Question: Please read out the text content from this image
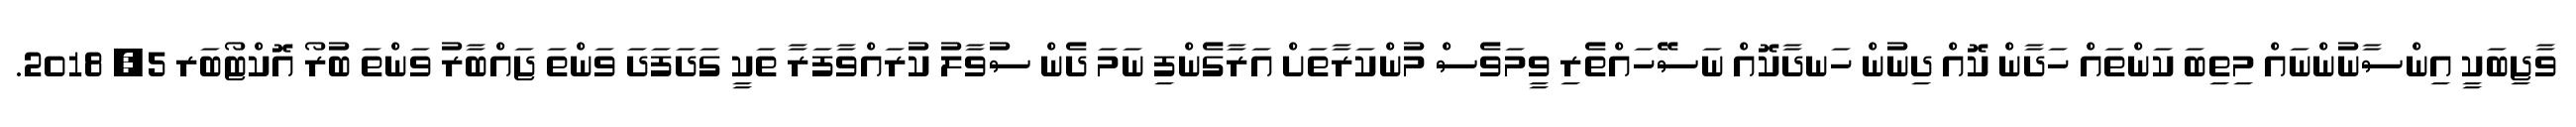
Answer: ވާޖިބަކީ އިންސާނުންނައް މިތިބަ ކަންތައް ހަދާން ކޮއް ދިނުން ހަނދާކޮއް ނަސޭހައްތެރި ވީމަވެސް މުންކަރާތަށް އަރާގެންފި ނަމަ ދެން ސުވާލު ކުރައްވާފަރާ ތަކީ ގަދަފަދަ ވަންތަ ޖައްބާރު ވަންތަ ބުރޯ އޮކްޓޯބަރ 5, 2018.